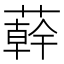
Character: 𦼮